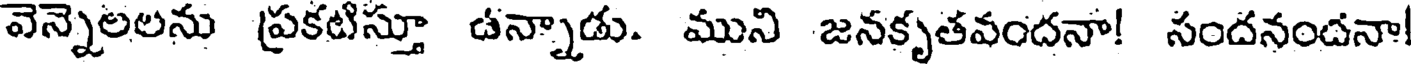
వెన్నెలలను ప్రకటిస్తూ ఉన్నాడు. ముని జనకృతవందనా! సందనందనా!